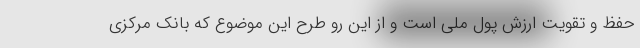
حفظ و تقویت ارزش پول ملی است و از این رو طرح این موضوع که بانک مرکزی